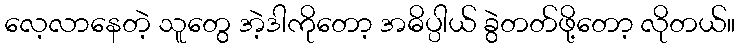
လေ့လာနေတဲ့ သူတွေ အဲ့ဒါကိုတော့ အဓိပ္ပါယ် ခွဲတတ်ဖို့တော့ လိုတယ်။